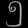
Digit: ၅